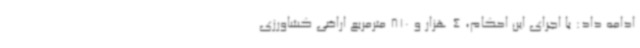
ادامه داد: با اجرای این احکام، 4 هزار و 810 مترمربع اراضی کشاورزی